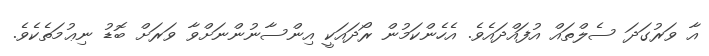
އާ ވަރުގަދަ ސެލްތައް އުފައްދައެވެ. އެހެންކަމުން ރޯދައަކީ އިންސާނުންނަށްވާ ވަރަށް ބޮޑު ނިޢުމަތެކެވެ.